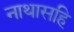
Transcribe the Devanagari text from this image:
नाथासहि